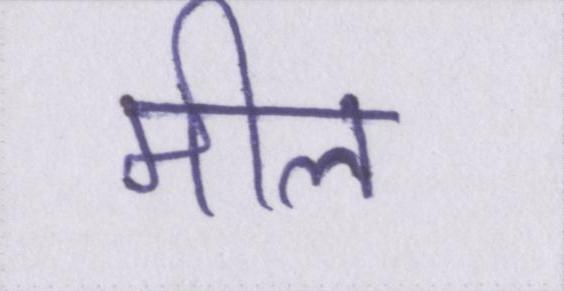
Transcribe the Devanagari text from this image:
मील